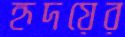
হৃদয়ের